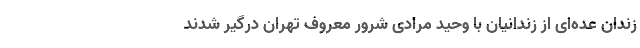
زندان عده‌ای از زندانیان با وحید مرادی شرور معروف تهران درگیر شدند